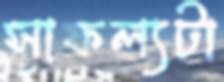
সাফল্যটা